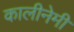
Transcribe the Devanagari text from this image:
कालीनेमी